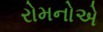
રોમનોએ